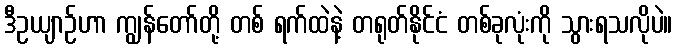
ဒီဥယျာဉ်ဟာ ကျွန်တော်တို့ တစ် ရက်ထဲနဲ့ တရုတ်နိုင်ငံ တစ်ခုလုံးကို သွားရသလိုပဲ။